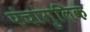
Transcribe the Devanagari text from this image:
पंचांगुलिक